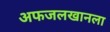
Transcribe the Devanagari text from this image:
अफजलखानला